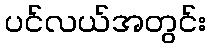
ပင်လယ်အတွင်း